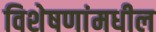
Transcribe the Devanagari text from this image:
विशेषणांमधील